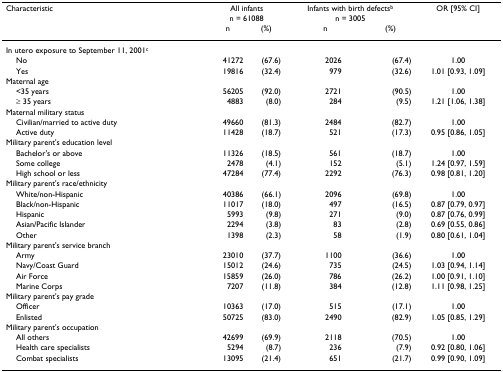
<table><thead><tr><td><b>Characteristic</b></td><td colspan="2"><b>All infantsn = 61088</b></td><td colspan="2"><b>Infants with birth defects<sup>b</sup>n = 3005</b></td><td><b>OR [95% CI]</b></td></tr><tr><td></td><td><b>n</b></td><td><b>(%)</b></td><td><b>n</b></td><td><b>(%)</b></td><td></td></tr></thead><tbody><tr><td>In utero exposure to September 11, 2001<sup>c</sup></td><td></td><td></td><td></td><td></td><td></td></tr><tr><td> No</td><td>41272</td><td>(67.6)</td><td>2026</td><td>(67.4)</td><td>1.00</td></tr><tr><td> Yes</td><td>19816</td><td>(32.4)</td><td>979</td><td>(32.6)</td><td>1.01 [0.93, 1.09]</td></tr><tr><td>Maternal age</td><td></td><td></td><td></td><td></td><td></td></tr><tr><td> &lt;35 years</td><td>56205</td><td>(92.0)</td><td>2721</td><td>(90.5)</td><td>1.00</td></tr><tr><td> ≥ 35 years</td><td>4883</td><td>(8.0)</td><td>284</td><td>(9.5)</td><td>1.21 [1.06, 1.38]</td></tr><tr><td>Maternal military status</td><td></td><td></td><td></td><td></td><td></td></tr><tr><td> Civilian/married to active duty</td><td>49660</td><td>(81.3)</td><td>2484</td><td>(82.7)</td><td>1.00</td></tr><tr><td> Active duty</td><td>11428</td><td>(18.7)</td><td>521</td><td>(17.3)</td><td>0.95 [0.86, 1.05]</td></tr><tr><td>Military parent&#x27;s education level</td><td></td><td></td><td></td><td></td><td></td></tr><tr><td> Bachelor&#x27;s or above</td><td>11326</td><td>(18.5)</td><td>561</td><td>(18.7)</td><td>1.00</td></tr><tr><td> Some college</td><td>2478</td><td>(4.1)</td><td>152</td><td>(5.1)</td><td>1.24 [0.97, 1.59]</td></tr><tr><td> High school or less</td><td>47284</td><td>(77.4)</td><td>2292</td><td>(76.3)</td><td>0.98 [0.81, 1.20]</td></tr><tr><td>Military parent&#x27;s race/ethnicity</td><td></td><td></td><td></td><td></td><td></td></tr><tr><td> White/non-Hispanic</td><td>40386</td><td>(66.1)</td><td>2096</td><td>(69.8)</td><td>1.00</td></tr><tr><td> Black/non-Hispanic</td><td>11017</td><td>(18.0)</td><td>497</td><td>(16.5)</td><td>0.87 [0.79, 0.97]</td></tr><tr><td> Hispanic</td><td>5993</td><td>(9.8)</td><td>271</td><td>(9.0)</td><td>0.87 [0.76, 0.99]</td></tr><tr><td> Asian/Pacific Islander</td><td>2294</td><td>(3.8)</td><td>83</td><td>(2.8)</td><td>0.69 [0.55, 0.86]</td></tr><tr><td> Other</td><td>1398</td><td>(2.3)</td><td>58</td><td>(1.9)</td><td>0.80 [0.61, 1.04]</td></tr><tr><td>Military parent&#x27;s service branch</td><td></td><td></td><td></td><td></td><td></td></tr><tr><td> Army</td><td>23010</td><td>(37.7)</td><td>1100</td><td>(36.6)</td><td>1.00</td></tr><tr><td> Navy/Coast Guard</td><td>15012</td><td>(24.6)</td><td>735</td><td>(24.5)</td><td>1.03 [0.94, 1.14]</td></tr><tr><td> Air Force</td><td>15859</td><td>(26.0)</td><td>786</td><td>(26.2)</td><td>1.00 [0.91, 1.10]</td></tr><tr><td> Marine Corps</td><td>7207</td><td>(11.8)</td><td>384</td><td>(12.8)</td><td>1.11 [0.98, 1.25]</td></tr><tr><td>Military parent&#x27;s pay grade</td><td></td><td></td><td></td><td></td><td></td></tr><tr><td> Officer</td><td>10363</td><td>(17.0)</td><td>515</td><td>(17.1)</td><td>1.00</td></tr><tr><td> Enlisted</td><td>50725</td><td>(83.0)</td><td>2490</td><td>(82.9)</td><td>1.05 [0.85, 1.29]</td></tr><tr><td>Military parent&#x27;s occupation</td><td></td><td></td><td></td><td></td><td></td></tr><tr><td> All others</td><td>42699</td><td>(69.9)</td><td>2118</td><td>(70.5)</td><td>1.00</td></tr><tr><td> Health care specialists</td><td>5294</td><td>(8.7)</td><td>236</td><td>(7.9)</td><td>0.92 [0.80, 1.06]</td></tr><tr><td> Combat specialists</td><td>13095</td><td>(21.4)</td><td>651</td><td>(21.7)</td><td>0.99 [0.90, 1.09]</td></tr></tbody></table>